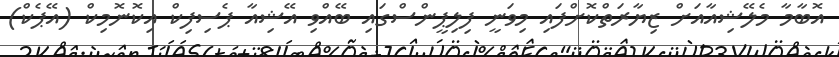
އޮބާމާ މެލޭޝިއާއަށް ޒިޔާރަތްކޮށްފައި މިވަނީ ފިލިޕީންސްގައި ބޭއްވި އޭޝިއާ ޕެސިފިކް އިކޮނޮމިކް (އޭޕެކް)